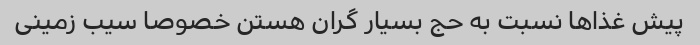
پیش غذاها نسبت به حج بسیار گران هستن خصوصا سیب زمینی